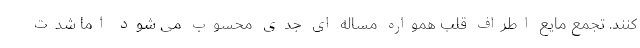
کنند. تجمع مایع اطراف قلب همواره مساله ای جدی محسوب می شود اما شدت